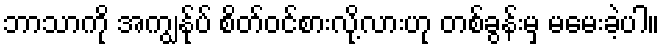
ဘာသာကို အကျွန်ုပ် စိတ်ဝင်စားလို့လားဟု တစ်ခွန်းမှ မမေးခဲ့ပါ။